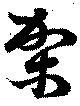
架